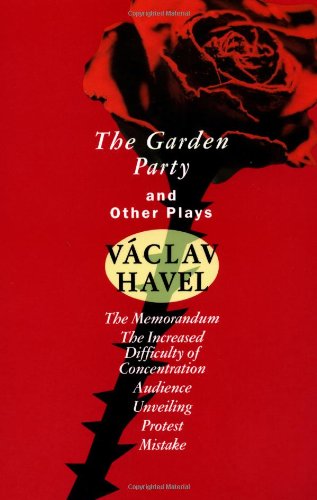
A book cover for The Garden Party: and Other Plays (Havel, Vaclav); Vaclav Havel; Literature & Fiction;